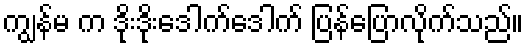
ကျွန်မ က ဒိုးဒိုးဒေါက်ဒေါက် ပြန်ပြောလိုက်သည်။